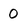
Character: 0